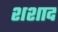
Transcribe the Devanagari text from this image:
शशाद